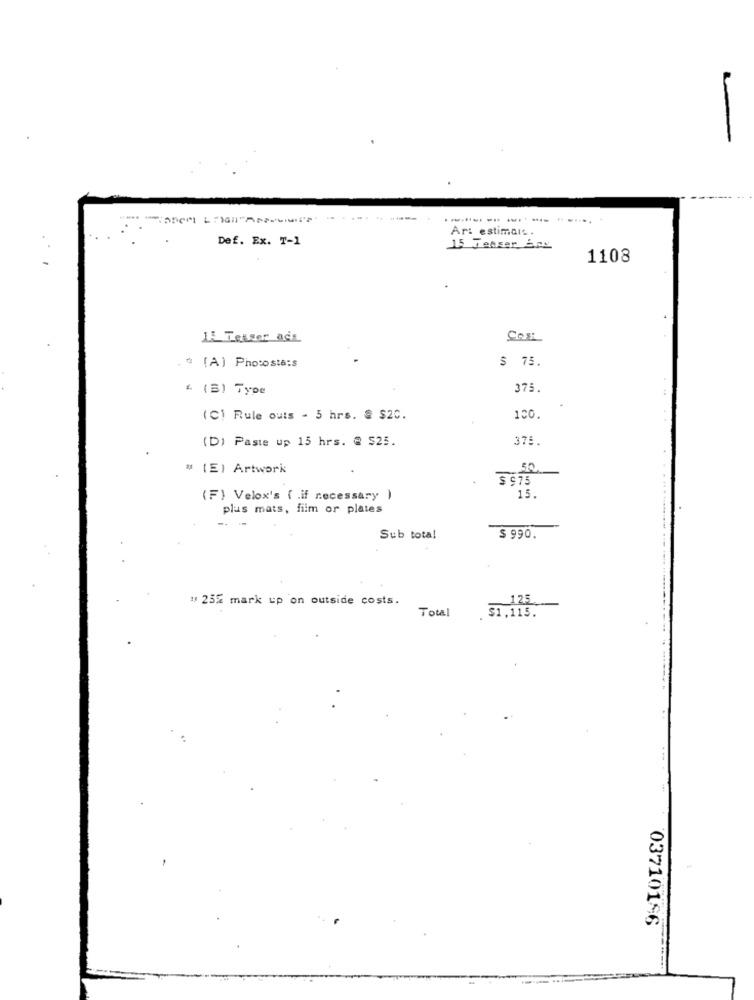
Ar: estimarc .
Def. Ex. T-1
15 Teaser Ane
1108
LE Terser ase
Cost
$ 75.
# (A) Photosta:s
4 (B) Type
375
(C) Rule outs - 5 hrs. @ $20.
100.
(D) Paste up 15 hrs. @ $25.
375.
# [E] Artwork
$ 975
(F) Velox's ( .if necessary )
15.
plus mats, film or plates
Sub total
$ 990.
11 25% mark up on outside costs.
125
Total
$1.115.
03710196